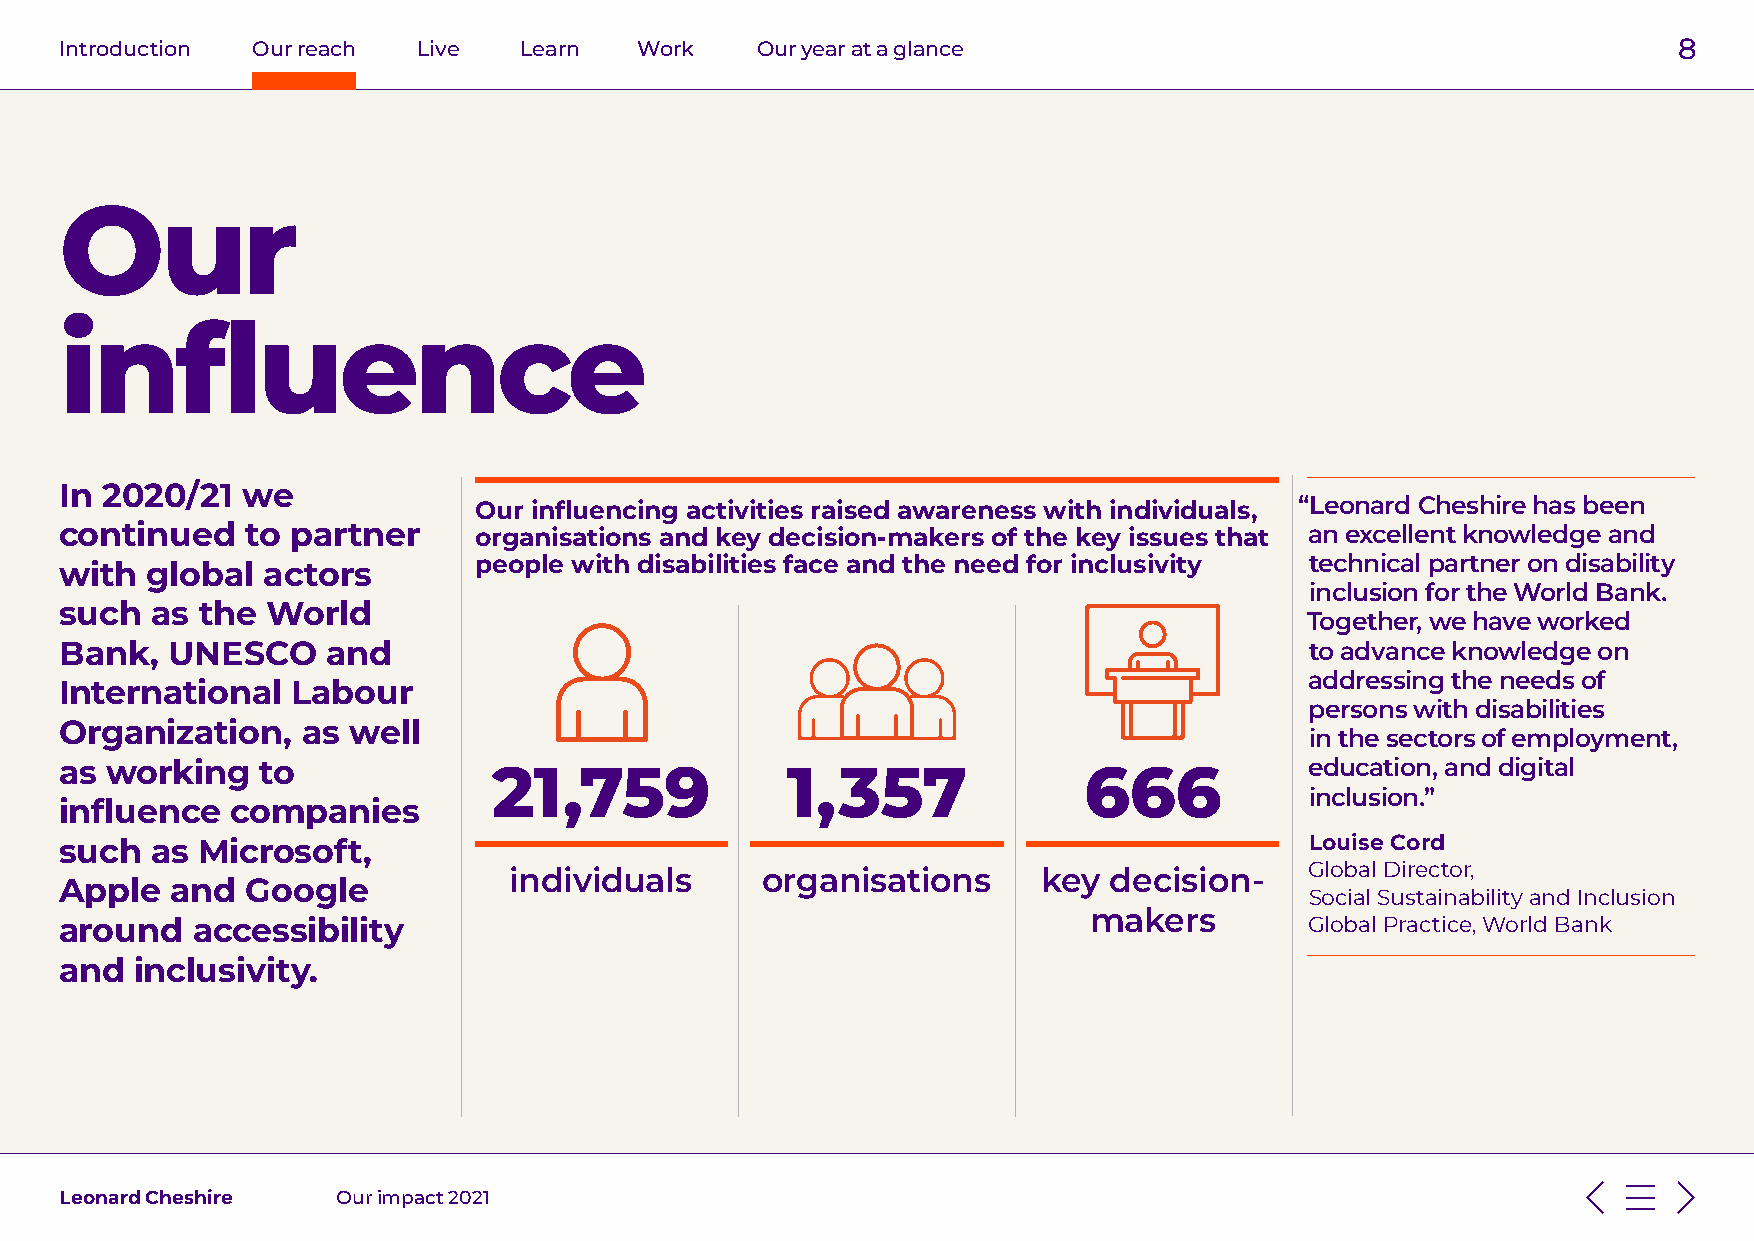
Introduction Our reach  Live  Learn   Work    Our year at a glance                                         8
 Our
 influence
 In 2020/21  we
 Our influencing activities raised awareness with individuals, “Leonard Cheshire has been
 continued   to partner     organisations and key decision-makers of the key issues that an excellent knowledge and
 people with disabilities face and the need for inclusivity technical partner on disability
 with  global actors
 inclusion for the World Bank.
 such  as the  World
 Together, we have worked
 Bank,  UNESCO     and                                                              to advance knowledge on
 addressing the needs of
 International  Labour
 persons with disabilities
 Organization,   as well
 in the sectors of employment,
 as working   to              21,759             1,357               666            education, and digital
 inclusion.”
 influence  companies
 such  as Microsoft,                                                                Louise Cord
 Global Director,
 individuals     organisations      key decision-
 Apple  and  Google
 Social Sustainability and Inclusion
 makers
 around   accessibility                                                             Global Practice, World Bank
 and  inclusivity.
 Leonard Cheshire  Our impact 2021